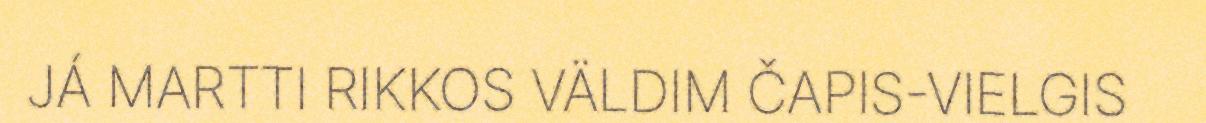
JÁ MARTTI RIKKOS VÄLDIM ČAPIS-VIELGIS